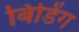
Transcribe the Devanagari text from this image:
बिडिंग